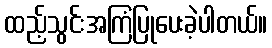
ထည့်သွင်းအကြံပြုပေးခဲ့ပါတယ်။